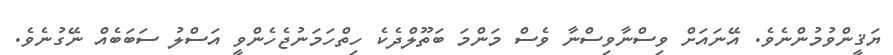
ޔަޤީންވުމުންނެވެ. އޭނައަށް ވިސްނާވިސްނާ ވެސް މަންމަ ބަތޫލްދެކެ ހިތްހަމަނުޖެހެންވީ އަސްލު ސަބަބެއް ނޭގުނެވެ.